65_HS1-834228961_62-HQ-83894_Section_1
Agency: FBI
Page 183
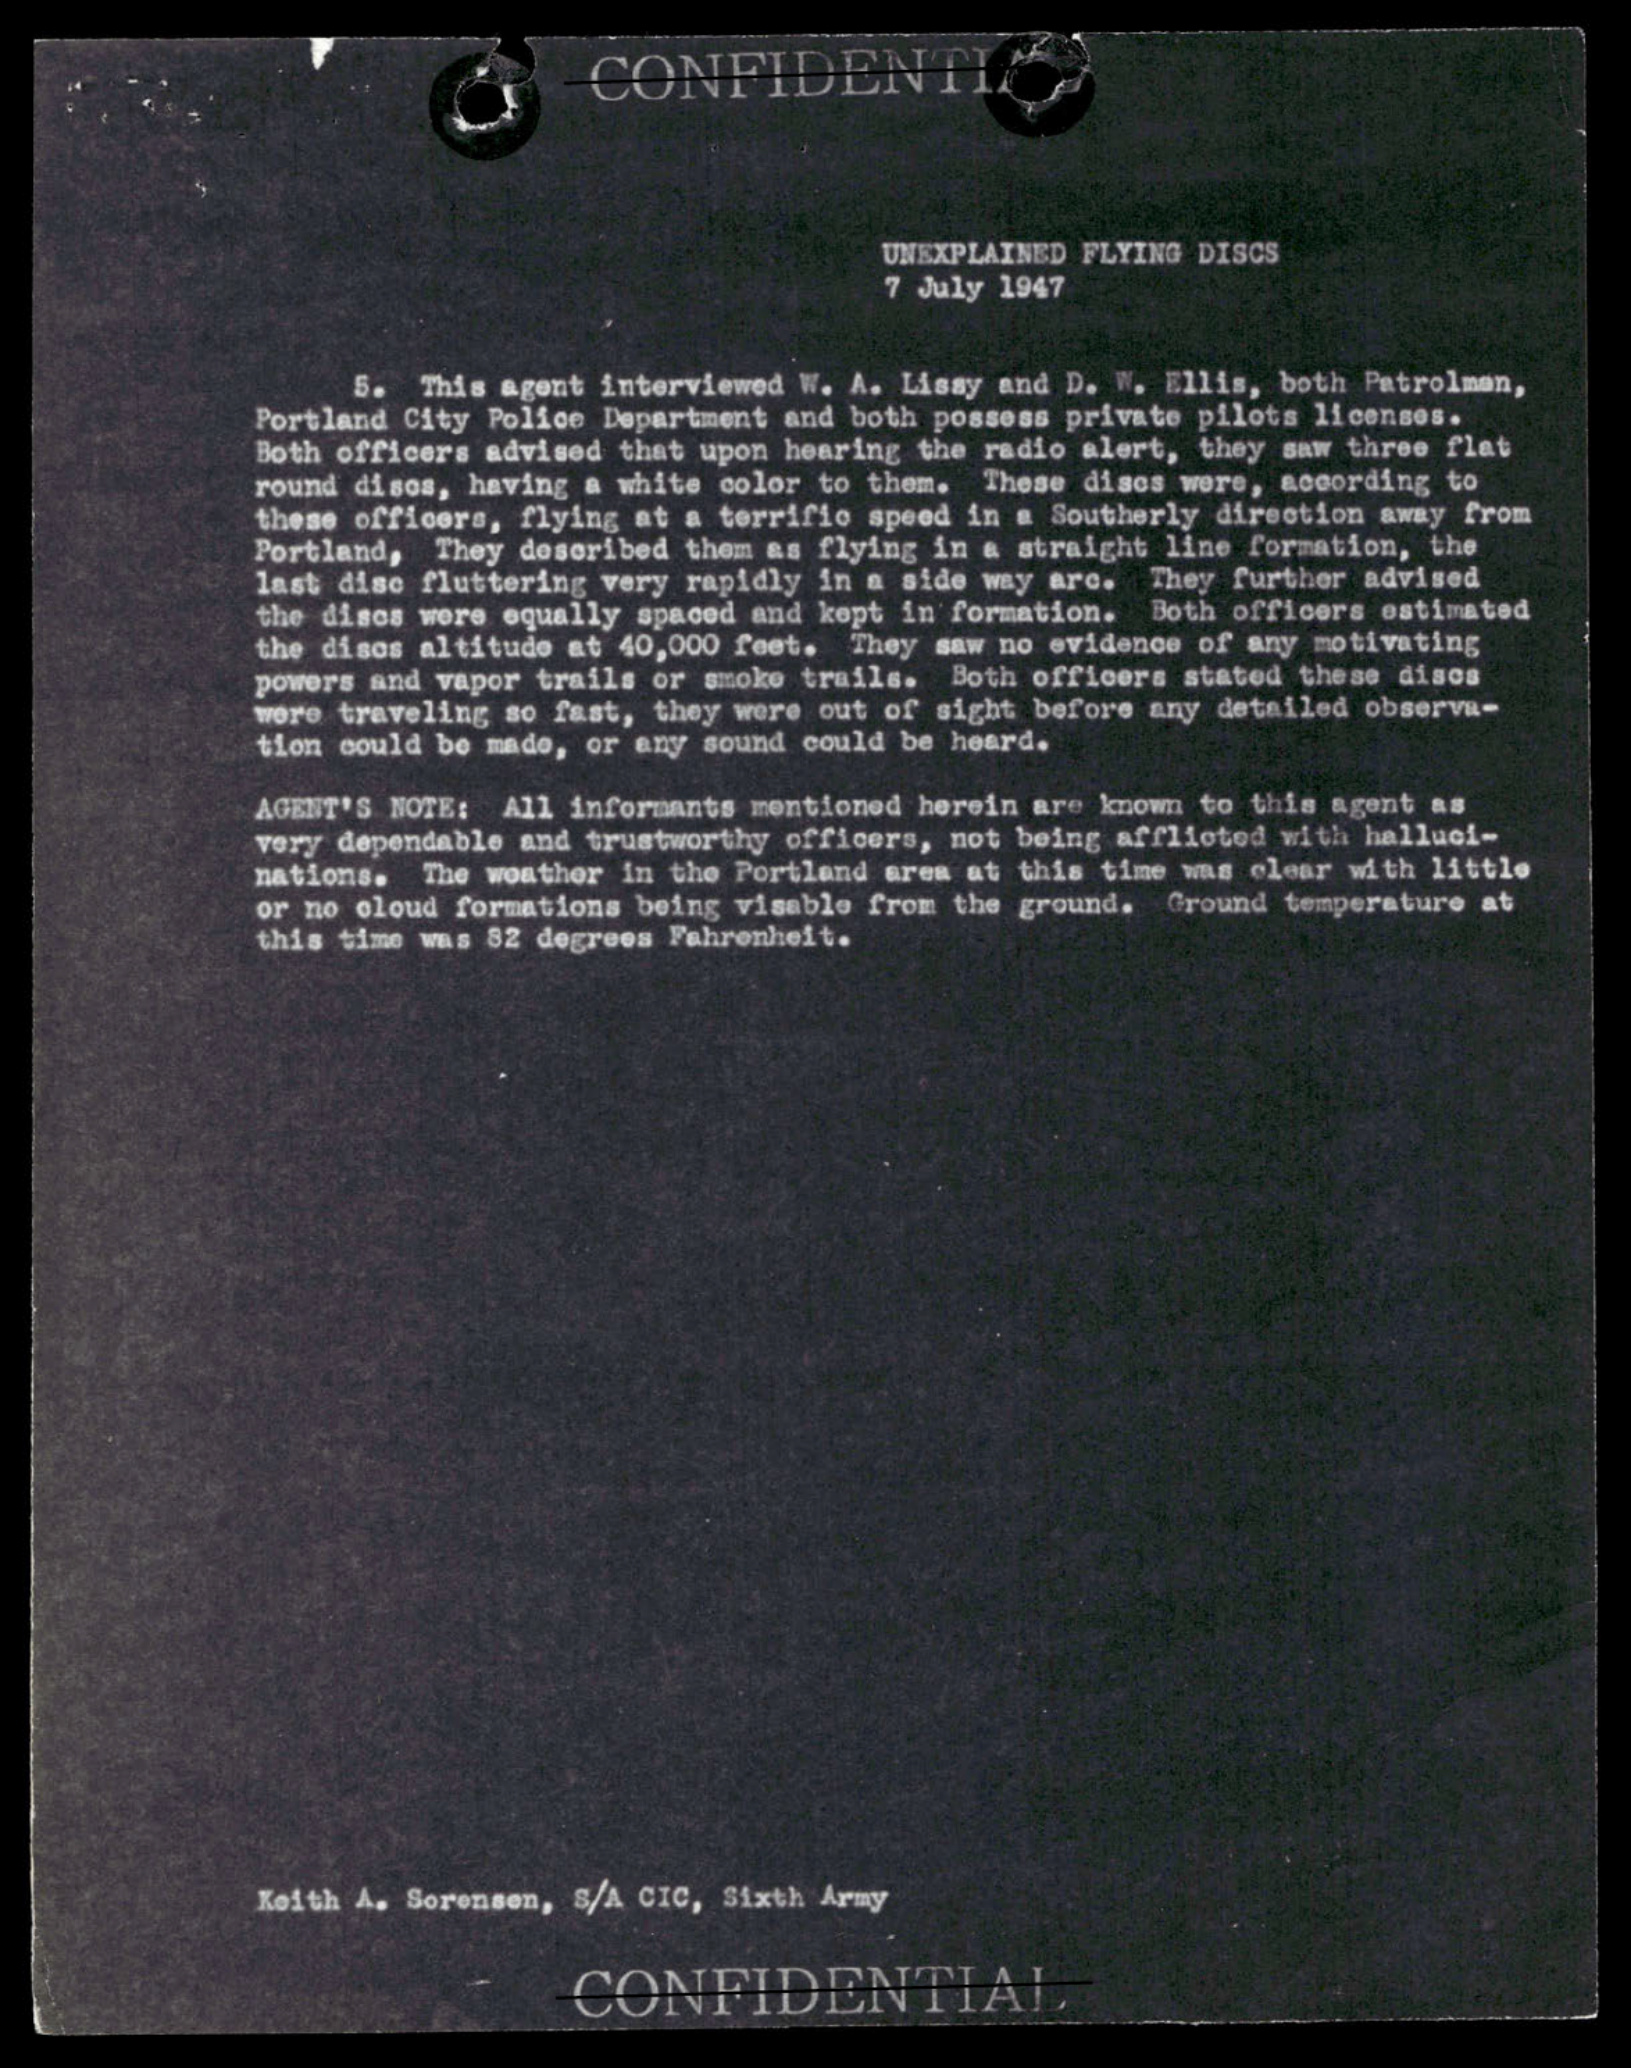